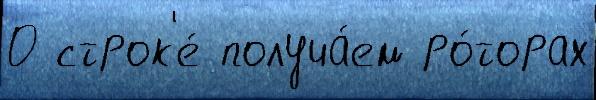
0 строк'е́ получа́ем ро́торах